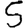
Digit: 5